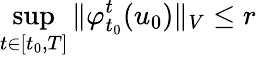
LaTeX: \operatorname*{sup}_{t\in[t_{0},T]}\Vert\varphi_{t_{0}}^{t}(u_{0})\Vert_{V}\leq r